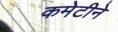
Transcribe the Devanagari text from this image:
कमेटीने